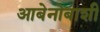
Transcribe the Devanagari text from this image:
आबेनोबाशी